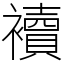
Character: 襩